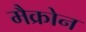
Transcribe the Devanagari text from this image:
मैक्रोन